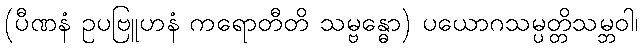
(ပီဏနံ ဥပဗြူဟနံ ကရောတီတိ သမ္ဗန္ဓော) ပယောဂသမ္ပတ္တိသမ္ဘဝါ၊